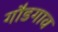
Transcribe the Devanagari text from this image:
गौडगाव